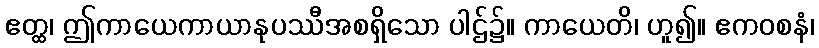
ဧတ္ထ၊ ဤကာယေကာယာနုပဿီအစရှိသော ပါဌ်၌။ ကာယေတိ၊ ဟူ၍။ ဧကဝစနံ၊